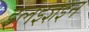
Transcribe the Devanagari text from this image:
इलइज्ञइन